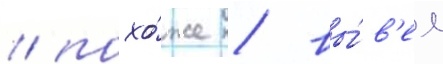
/ похо́же / вы́в'ел